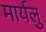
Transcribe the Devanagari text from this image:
मार्यलु